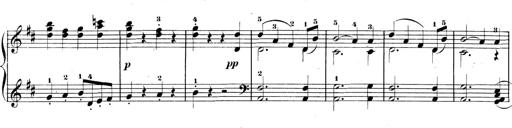
Title: 3 Sonatinen, Op.8
Composer: Isidor Wilhelm Seiss